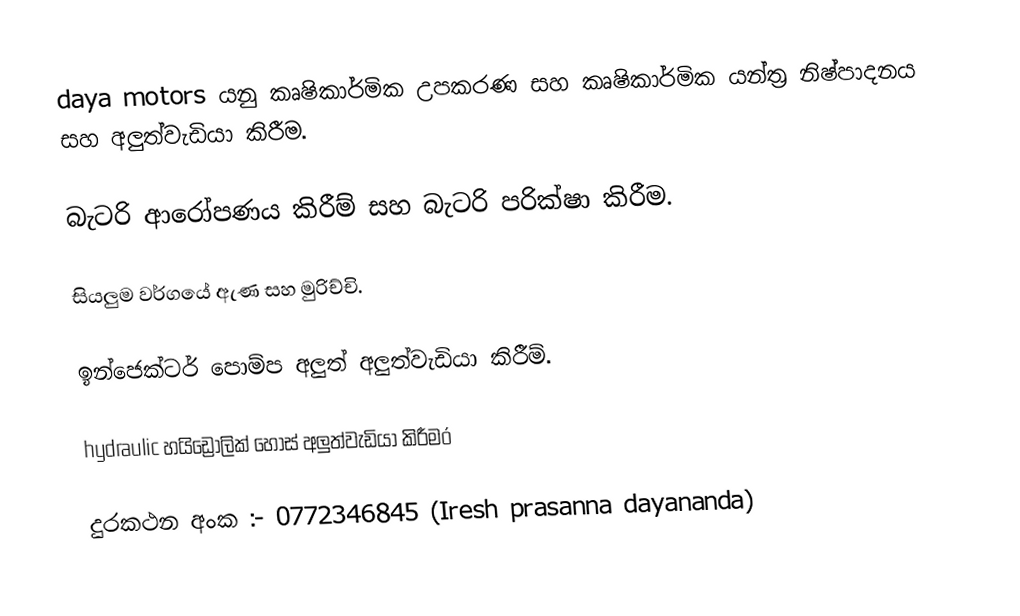
daya motors  යනු  කෘෂිකාර්මික උපකරණ සහ කෘෂිකාර්මික යන්ත්‍ර නිෂ්පාදනය සහ අලුත්වැඩියා කිරීම.

බැටරි ආරෝපණය කිරීම් සහ බැටරි පරික්ෂා කිරීම.

සියලුම වර්ගයේ ඇණ සහ මුරිච්චි.

ඉන්ජෙක්ටර් පොම්ප අලුත් අලුත්වැඩියා කිරීම්.

hydraulic හයිඩ්‍රොලික් හෝස් අලුත්වැඩියා කිරීමó

දුරකථන අංක :- 0772346845 (Iresh prasanna dayananda)